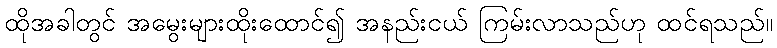
ထိုအခါတွင် အမွေးများထိုးထောင်၍ အနည်းငယ် ကြမ်းလာသည်ဟု ထင်ရသည်။